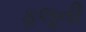
ફલૂની